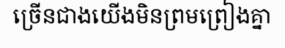
ច្រើនជាងយើងមិនព្រមព្រៀងគ្នា